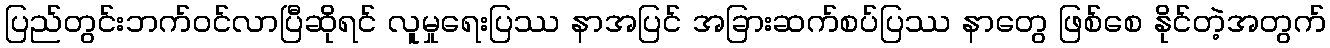
ပြည်တွင်းဘက်ဝင်လာပြီဆိုရင် လူမှုရေးပြဿ နာအပြင် အခြားဆက်စပ်ပြဿ နာတွေ ဖြစ်စေ နိုင်တဲ့အတွက်